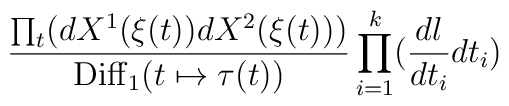
{{\prod_t (dX^1(\xi(t))dX^2(\xi(t)))}\over{{\rm Diff}_1(t\mapsto\tau(t))}}\prod_{i=1}^k ({{dl}\over{dt_i}}dt_i)